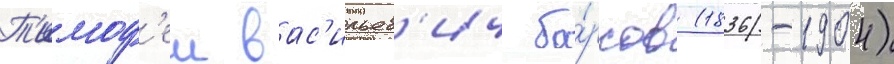
Т'имоф'еи вас'ильев'ич ба́рсов (1836-1904)